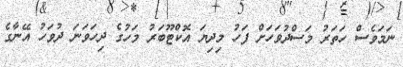
ނަމަވެސް ހަތަރު މަސްދުވަހަށް ފަހު މިދިޔަ އޮކްޓޫބަރު މަހުގެ ދިހަވަނަ ދުވަހު އޭނާގެ